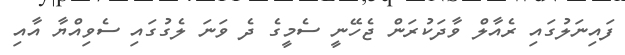
ފައިނަލުގައި ރެއާލް ވާދަކުރަން ޖެހޭނީ ސެމީގެ ދެ ވަނަ ލެގުގައި ސެވިއްޔާ އާއި